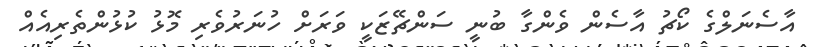
އާސެނަލްގެ ކޯޗު އާސެން ވެންގާ ބުނީ ސަންޗޭޒަކީ ވަރަށް ހުނަރުވެރި މޮޅު ކުޅުންތެރިއެއް